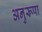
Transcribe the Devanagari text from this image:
अनुरूपा